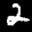
Label: 2